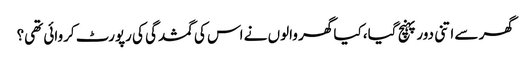
گھر سے اتنی دور پہنچ گیا، کیا گھر والوں نے اس کی گمشدگی کی رپورٹ کروائی تھی؟